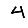
Digit: 4